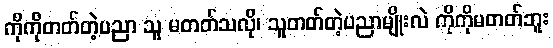
ကိုကိုတတ်တဲ့ပညာ သူ မတတ်သလို၊ သူတတ်တဲ့ပညာမျိုးလဲ ကိုကိုမတတ်ဘူး